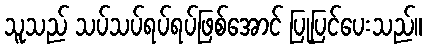
သူသည် သပ်သပ်ရပ်ရပ်ဖြစ်အောင် ပြုပြင်ပေးသည်။